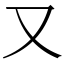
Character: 又